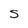
Character: S